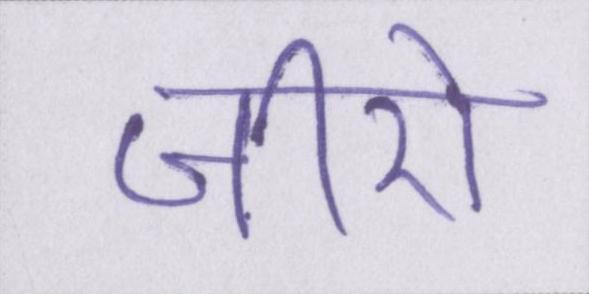
जीरो